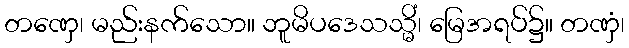
တဏှေ၊ မည်းနက်သော။ ဘူမိပဒေသသ္မိံ၊ မြေအရပ်၌။ တဏှံ၊